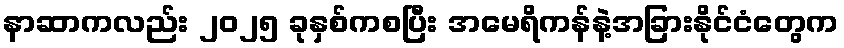
နာဆာကလည်း ၂၀၂၅ ခုနှစ်ကစပြီး အမေရိကန်နဲ့အခြားနိုင်ငံတွေက